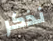
نذكر